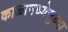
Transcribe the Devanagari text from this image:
काळामध्येसुध्दा